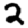
Digit: 2